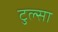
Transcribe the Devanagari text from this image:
टुल्‍सा